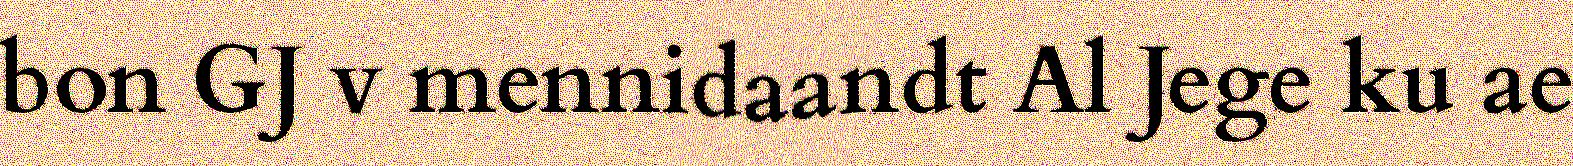
bon GJ v mennidaandt Al Jege ku ae